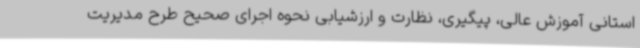
استانی آموزش عالی، پیگیری، نظارت و ارزشیابی نحوه اجرای صحیح طرح مدیریت